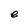
Character: e